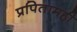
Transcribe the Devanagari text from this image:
प्रपितामही